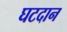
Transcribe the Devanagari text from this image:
घटदान